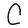
Character: C